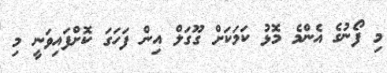
މި ފޯނުގެ އެންމެ މޮޅު ކަމަކަށް ގޫގަލް އިން ފަހަގަ ކޮށްފައިވަނީ މި